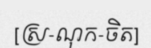
[ស្រ-ណុក-ចិត]